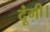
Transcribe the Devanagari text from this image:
दूंगी।